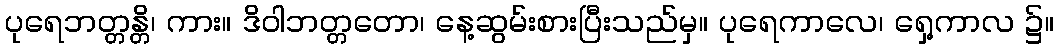
ပုရေဘတ္တန္တိ၊ ကား။ ဒိဝါဘတ္တတော၊ နေ့ဆွမ်းစားပြီးသည်မှ။ ပုရေကာလေ၊ ရှေ့ကာလ ၌။